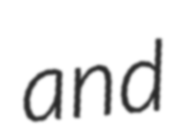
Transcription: and